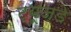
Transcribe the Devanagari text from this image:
ट्यूज्डे